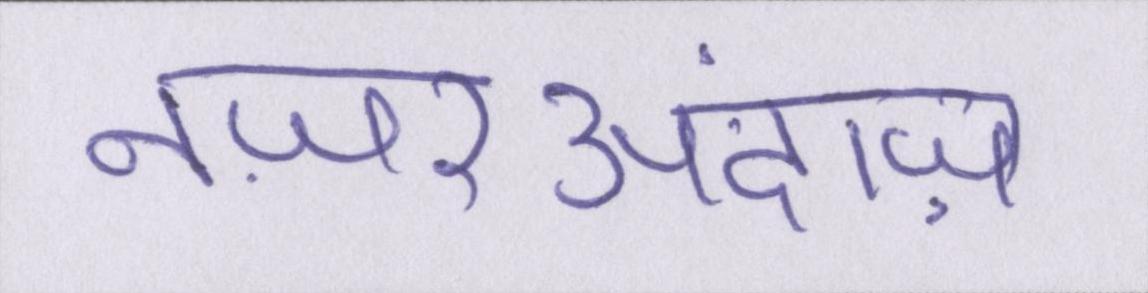
नज़रअंदाज़